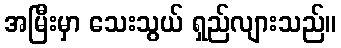
အမြီးမှာ သေးသွယ် ရှည်လျားသည်။